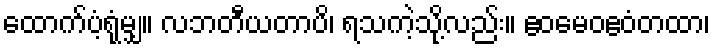
ထောက်ပံ့ရုံမျှ။ လဘတီယတာပိ၊ ရသကဲ့သို့လည်း။ ဧဝမေဝဧဝံတထာ၊